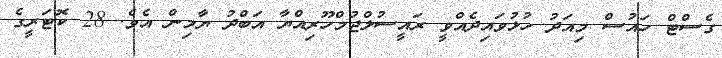
ގެސްޓް ހައުސް މިއަދު ހުޅުވައިދެއްވީ ރައީސުލްޖުމްހޫރިއްޔާ އަބްދު ޔާމިން އެވެ. 28 ކޮޓަރީގެ